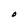
Character: O